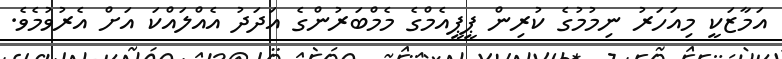
އަމާޒަކީ މިއަހަރު ނިމުމުގެ ކުރިން ޕީޕީއެމްގެ މެމްބަރުންގެ އަދަދު އެއްލައްކަ އަށް އެރުވުމެވެ.